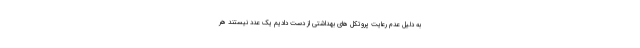
به دلیل عدم رعایت پروتکل های بهداشتی از دست دادیم یک عدد نیستند هر